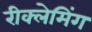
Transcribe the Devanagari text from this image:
रीक्लेमिंग